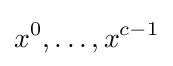
x^{0},\ldots ,x^{c-1}